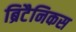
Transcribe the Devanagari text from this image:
ब्रिटैनिकस